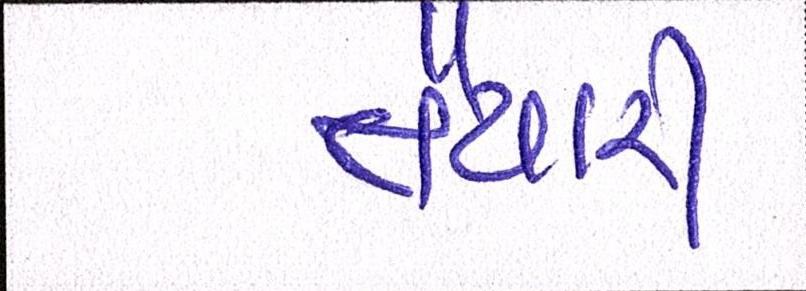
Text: તૈયારી